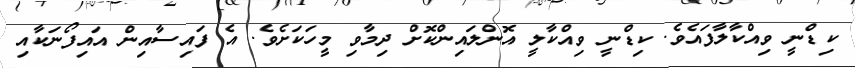
ކިޑްނީ ވިއްކާލާފައެވެ. ކިޑްނީ ވިއްކާލީ އޮންލައިންކޮށް ދިމާވި މީހަކަށެވެ. އެ ފައިސާއިން އައިފޯނަކާއި